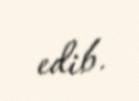
edib.